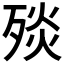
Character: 𣨬